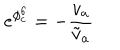
e ^ { \phi _ { c } ^ { 6 } } = - { \frac { v _ { a } } { \tilde { v } _ { a } } }